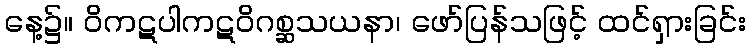
နေ့၌။ ဝိကဋပါကဋဝိဂစ္ဆသယနာ၊ ဖော်ပြန်သဖြင့် ထင်ရှားခြင်း